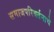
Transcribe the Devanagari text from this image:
समाजपरिवर्तनाचे